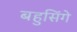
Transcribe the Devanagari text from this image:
बहुसिंगे